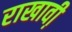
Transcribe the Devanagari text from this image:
राखावी़